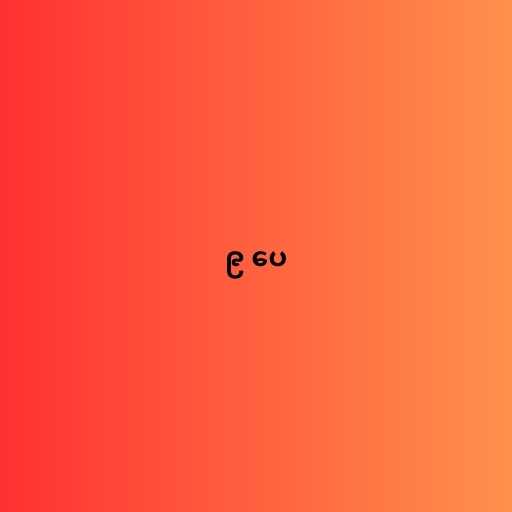
၉ ပေ